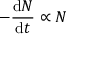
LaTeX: - { \frac { \mathrm { d } N } { \mathrm { d } t } } \propto N